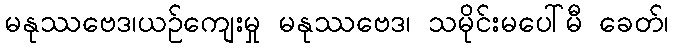
မနုဿဗေဒ၊ယဉ်ကျေးမှု မနုဿဗေဒ၊ သမိုင်းမပေါ်မီ ခေတ်၊